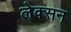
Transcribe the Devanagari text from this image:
लेक्सन